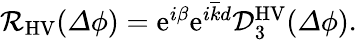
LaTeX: \begin{array}{r}{\mathcal{R}_{\mathrm{HV}}({\mathit\Delta\phi})=\mathrm{e}^{i\beta}\mathrm{e}^{i\overline{{k}}d}\mathcal{D}_{3}^{\mathrm{HV}}({\mathit\Delta\phi}).}\end{array}